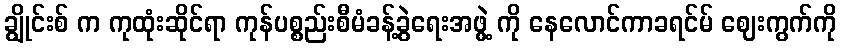
ချွိုင်းစ် က ကုထုံးဆိုင်ရာ ကုန်ပစ္စည်းစီမံခန့်ခွဲရေးအဖွဲ့ ကို နေလောင်ကာခရင်မ် ဈေးကွက်ကို